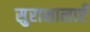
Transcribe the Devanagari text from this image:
सुराशालाएँ